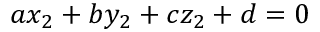
\, a x _ { 2 } + b y _ { 2 } + c z _ { 2 } + d = 0